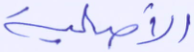
الأصلية